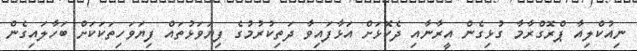
ނިއުކްލިއާ ޕްރޮގްރާމާ ގުޅިގެން އީރާނާއި ދެކޮޅަށް އަޅާފައިވާ ދަތިކުރުމުގެ ފިޔަވަޅުތައް ފިޔަވަހިތަކަކަށް ބަހާލައިގެން